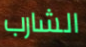
الشارب